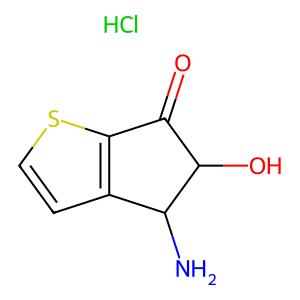
SMILES: Cl.NC1c2ccsc2C(=O)C1O
Inhibits HIV replication: No